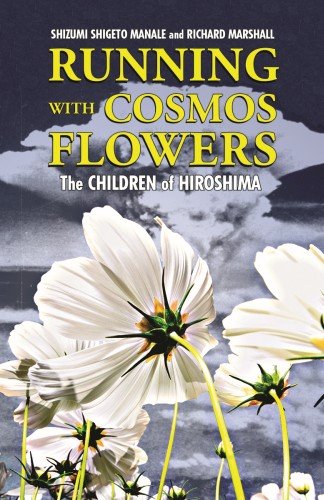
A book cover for Running with Cosmos Flowers: The Children of Hiroshima; Shizumi Manale; Teen & Young Adult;